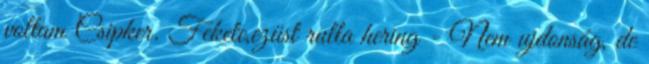
voltam Csipker. Fekete,ezüst rulla hering - Nem ujdonság, de